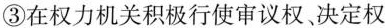
③在权力机关积极行使审议权决定权